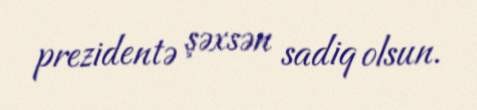
prezidentə şəxsən sadiq olsun.